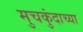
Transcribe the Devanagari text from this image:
मुचकुंदाच्या